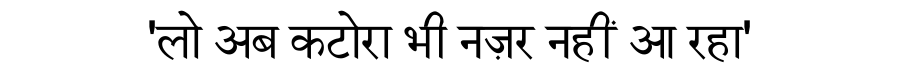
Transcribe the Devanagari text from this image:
'लो अब कटोरा भी नज़र नहीं आ रहा'